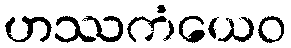
ဟဿကံယေဝ